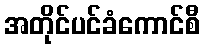
အတိုင်ပင်ခံကောင်စီ